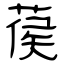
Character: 葔